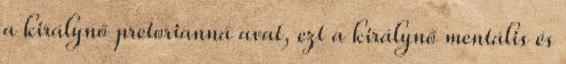
a királynő pretorianná avat, ezt a királynő mentális és